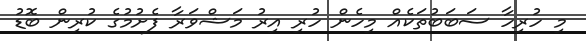
މި ހުރިހާ ސަބަބުތަކެއް މިހެން ހުރި އިރު މަޝްވަރާ ފެށުމުގެ ކުރިން ބޮޑު